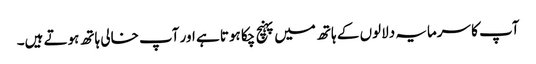
آپ کا سرمایہ دلالوں کے ہاتھ میں پہنچ چکا ہوتا ہے اور آپ خالی ہاتھ ہوتے ہیں۔